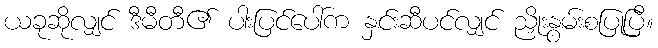
ယခုဆိုလျှင် ဒီမီတီ၏ ပါးပြင်ပေါ်က နှင်းဆီပင်လျှင် ညှိုးနွမ်းစပြုပြီ။